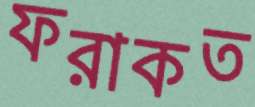
ফরাকত